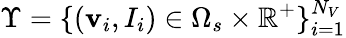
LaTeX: {\Upsilon}=\{ (\textbf{v}_{i},I_{i})\in\Omega_{s}\times\mathbb{R}^{+}\} _{i=1}^{N_{V}}